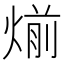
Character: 㷙